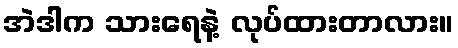
အဲဒါက သားရေနဲ့ လုပ်ထားတာလား။